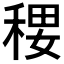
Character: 𰨭